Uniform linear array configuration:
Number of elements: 64
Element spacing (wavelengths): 0.75
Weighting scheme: kaiser
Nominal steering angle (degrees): -30
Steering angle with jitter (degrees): -29.056
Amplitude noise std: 0.05
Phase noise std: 0.05

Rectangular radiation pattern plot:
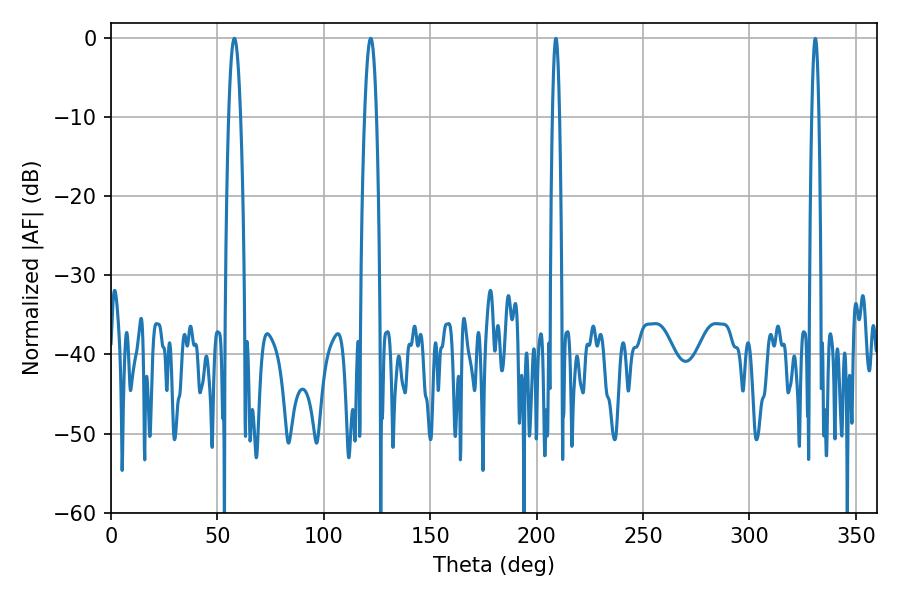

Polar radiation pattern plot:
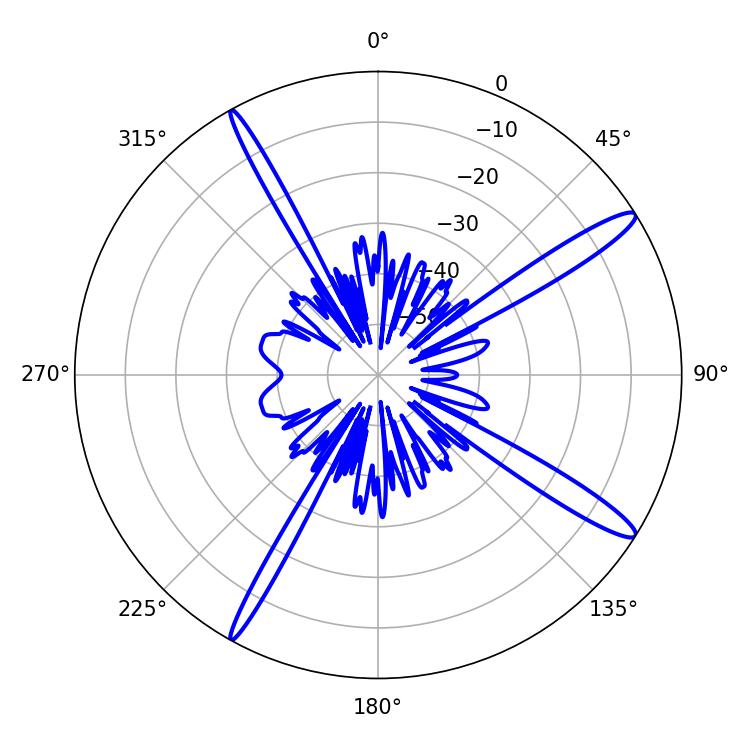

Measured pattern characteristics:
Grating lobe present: TRUE
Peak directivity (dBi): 14.898
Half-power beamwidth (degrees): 3.06
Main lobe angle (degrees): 57.96